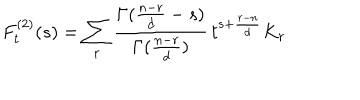
LaTeX: F _ { t } ^ { ( 2 ) } ( s ) = \sum _ { r } \frac { \Gamma ( \frac { n - r } { d } - s ) } { \Gamma ( \frac { n - r } { d } ) } \, t ^ { s + \frac { r - n } { d } } K _ { r }